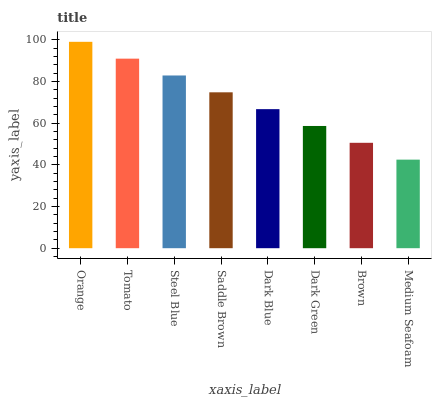
| xaxis_label | bars |
 | --- | --- |
 | Orange | 99 |
 | Tomato | 90.9 |
 | Steel Blue | 82.9 |
 | Saddle Brown | 74.8 |
 | Dark Blue | 66.7 |
 | Dark Green | 58.6 |
 | Brown | 50.6 |
 | Medium Seafoam | 42.5 |